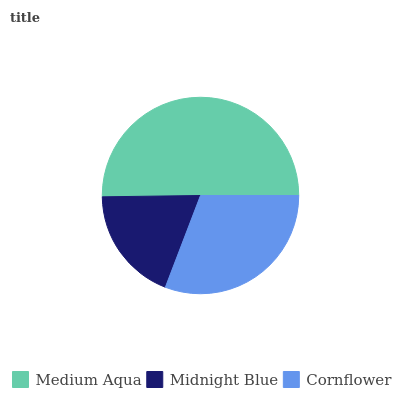
| Medium Aqua | Midnight Blue | Cornflower |
 | --- | --- | --- |
 | 50.2% | 18.9% | 30.8% |